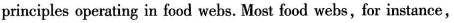
principles operating in food webs, Most Food webs、for instance,